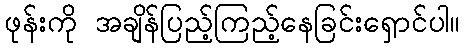
ဖုန်းကို အချိန်ပြည့်ကြည့်နေခြင်းရှောင်ပါ။